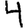
Digit: 4